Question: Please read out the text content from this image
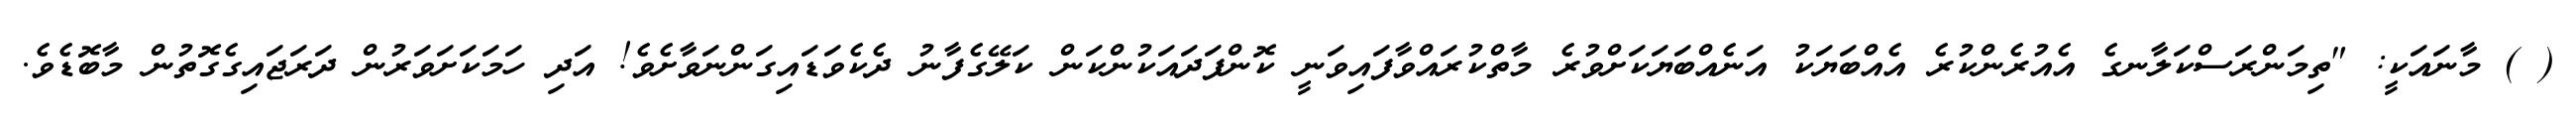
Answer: ( ) މާނައަކީ: "ތިމަންރަސްކަލާނގެ އެއުރެންކުރެ އެއްބަޔަކު އަނެއްބަޔަކަށްވުރެ މާތްކުރައްވާފައިވަނީ ކޮންފަދައަކުންކަން ކަލޭގެފާނު ދެކެވަޑައިގަންނަވާށެވެ! އަދި ހަމަކަށަވަރުން ދަރަޖައިގެގޮތުން މާބޮޑެވެ.